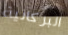
البركانية